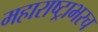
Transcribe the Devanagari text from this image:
महाराष्ट्राभरच